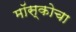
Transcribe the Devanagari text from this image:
मॉस्कोचा